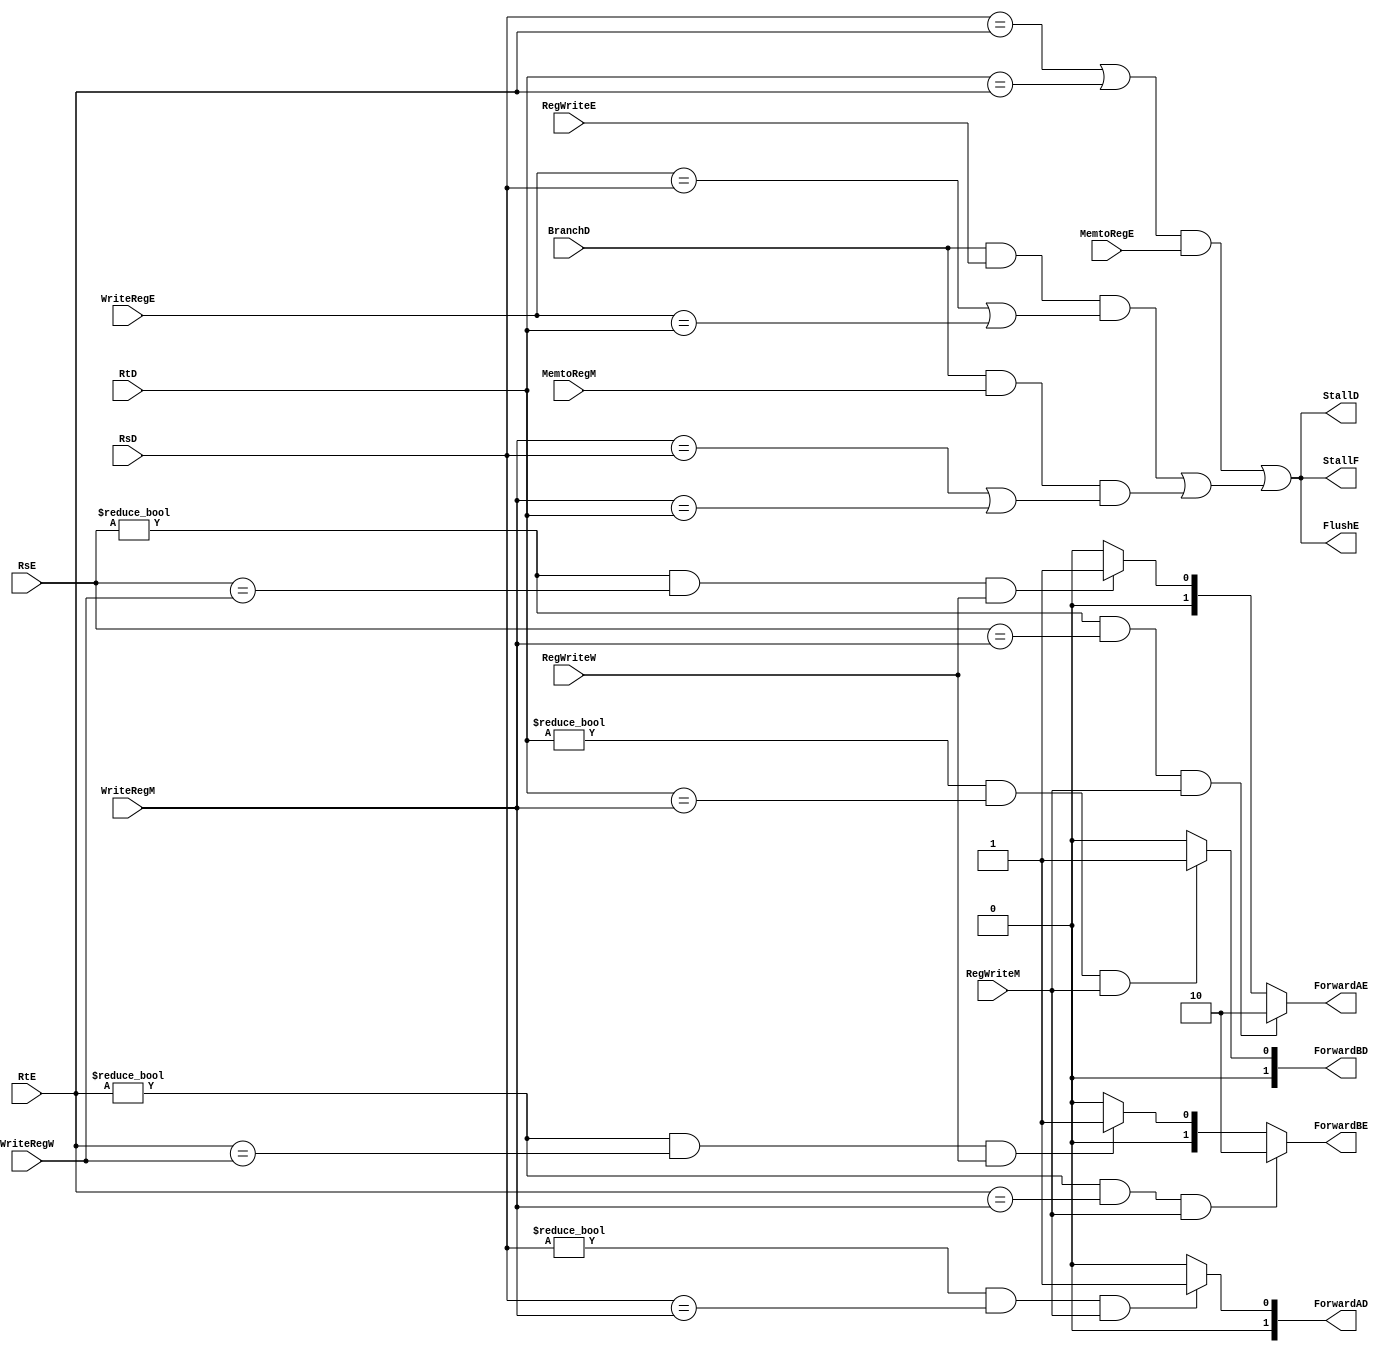
//`timescale 1ns / 1ps
//////////////////////////////////////////////////////////////////////////////////
// Company: 
// Engineer: 
// 
// Design Name: 
// Module Name: hazard_unit
// Project Name: 
// Target Devices: 
// Tool Versions: 
// Description: 
// 
// Dependencies: 
// 
// Revision:
// Revision 0.01 - File Created
// Additional Comments:
// 
//////////////////////////////////////////////////////////////////////////////////

module Hazard_unit(RegWriteW,RegWriteM,MemtoRegE,MemtoRegM,WriteRegE,RegWriteE,WriteRegM,WriteRegW,BranchD,RsD,RtD,RsE,RtE,ForwardAE,ForwardBE,ForwardAD,ForwardBD,FlushE,StallD,StallF);
     input BranchD;
    input MemtoRegM;
    input [4:0] WriteRegE;
    input RegWriteE;
    input RegWriteW;
    input RegWriteM;
    input MemtoRegE;
    input [4:0] WriteRegM;
    input [4:0] WriteRegW;
    input [4:0] RsD;
    input [4:0] RtD;
    input [4:0] RsE;
    input [4:0] RtE;
    output [1:0] ForwardAE;
    output [1:0] ForwardBE;
    output [1:0] ForwardAD;
    output [1:0] ForwardBD;
    output FlushE;
    output StallD;
    output StallF;
   

  assign ForwardAE = ( (RsE != 0) & (RsE == WriteRegM) & (RegWriteM) ) ? 2'b10 :
                ( (RsE != 0) & (RsE == WriteRegW) & (RegWriteW) ) ? 2'b01 : 2'b00;

assign ForwardBE = ( (RtE != 0) & (RtE == WriteRegM) & (RegWriteM) ) ? 2'b10 :
                   ( (RtE != 0) & (RtE == WriteRegW) & (RegWriteW) ) ? 2'b01 : 2'b00;

  assign ForwardAD = ( (RsD != 0) & (RsD == WriteRegM) & (RegWriteM) ) ? 1 :0 ;
  assign ForwardBD = ( (RtD != 0) & (RtD == WriteRegM) & (RegWriteM) ) ? 1 :0 ;


wire lwstall =( (RsD == RtE) | (RtD == RtE) ) & MemtoRegE ;
wire branchstall= (BranchD & RegWriteE & ( WriteRegE==RsD | WriteRegE==RtD) )   | 
                  (BranchD & MemtoRegM & (WriteRegM==RsD | WriteRegM==RtD)) ;
assign StallF = lwstall | branchstall ;
assign StallD = StallF;
assign FlushE = StallF;
    
    
    
endmodule